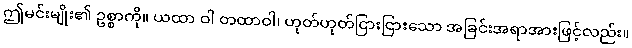
ဤမင်းမျိုး၏ ဥစ္စာကို။ ယထာ ဝါ တထာဝါ၊ ဟုတ်ဟုတ်ငြားငြားသော အခြင်းအရာအားဖြင့်လည်း။